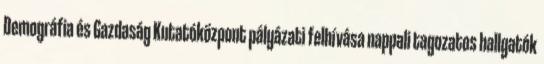
Demográfia és Gazdaság Kutatóközpont pályázati felhívása nappali tagozatos hallgatók